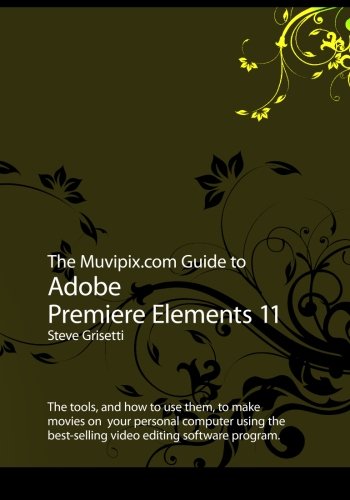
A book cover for The Muvipix.com Guide to Adobe Premiere Elements 11; Steve Grisetti; Arts & Photography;